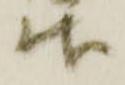
御